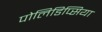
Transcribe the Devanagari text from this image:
पोलिडिप्सिया